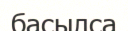
басылса